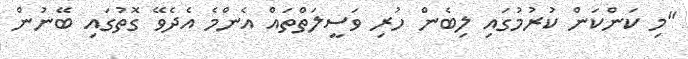
"މި ކަންކަން ކުރުމުގައި ލިބެން ހުރި ވަސީލަތްތައް އެންމެ އެދެވޭ ގޮތުގައި ބޭނުން